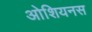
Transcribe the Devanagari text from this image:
ओशियनस